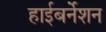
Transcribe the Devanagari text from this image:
हाईबर्नेशन